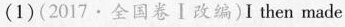
(1)(2017·全国卷Ⅰ改编)I then made